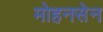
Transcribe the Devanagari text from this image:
मोहनसेन